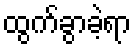
ထွက်ခွာခဲ့ရာ